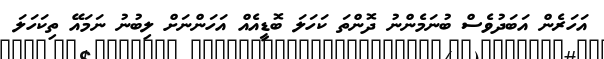
އަހަރެން އަބަދުވެސް ބުނަމެންނު ދޮންތަ ކަހަލަ ބޮޑީއެއް އަހަންނަށް ލިބުނު ނަމައޭ ތިކަހަލަ